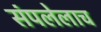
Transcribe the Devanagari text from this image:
संपलेलाच